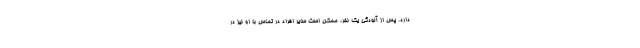
دارد. پس از آلودگی یک نفر، ممکن است سایر افراد در تماس با او نیز در